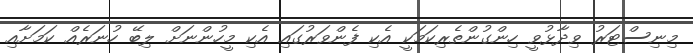
މިނިސްޓަރު ވިދާޅުވީ ހިންގުންތެރިކަމަކީ އެކި ފެންވަރުގައި އެކި މީހުންނަށް ލިބޭ ހުނަރެއް ކަމަށާއި